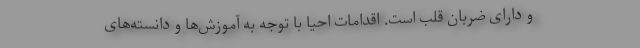
و دارای ضربان قلب است. اقدامات احیا با توجه به آموزش‌ها و دانسته‌های